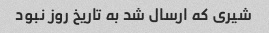
شیری که ارسال شد به تاریخ روز نبود